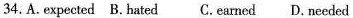
34.A.Expected B. Hated C. Earned D. Needed